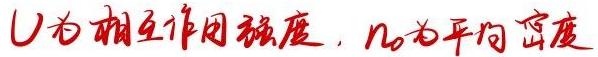
$U$为相互作用强度，$n_0$为平均密度